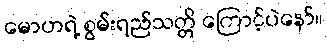
မောဟရဲ့ စွမ်းရည်သတ္တိ ကြောင့်ပဲနော်။